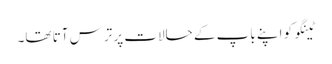
ٹینگو کو اپنے باپ کے حالات پر ترس آتا تھا۔